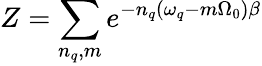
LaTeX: Z=\sum_{n_{q},m}e^{-n_{q}(\omega_{q}-m\Omega_{0})\beta}